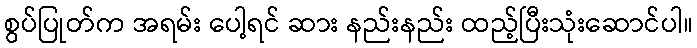
စွပ်ပြုတ်က အရမ်း ပေါ့ရင် ဆား နည်းနည်း ထည့်ပြီးသုံးဆောင်ပါ။